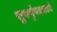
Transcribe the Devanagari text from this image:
सुवर्णुपदकाने